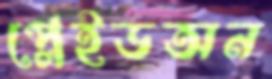
প্লেইডঅন